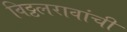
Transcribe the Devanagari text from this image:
विठ्ठलरावांची